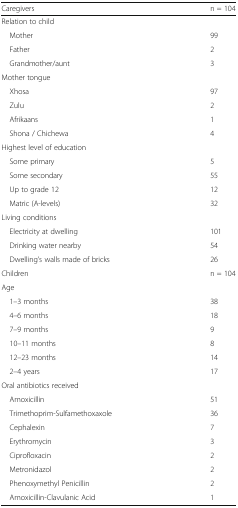
<table><thead><tr><td><b>Caregivers</b></td><td><b>n = 104</b></td></tr></thead><tbody><tr><td>Relation to child</td><td></td></tr><tr><td> Mother</td><td>99</td></tr><tr><td> Father</td><td>2</td></tr><tr><td> Grandmother/aunt</td><td>3</td></tr><tr><td>Mother tongue</td><td></td></tr><tr><td> Xhosa</td><td>97</td></tr><tr><td> Zulu</td><td>2</td></tr><tr><td> Afrikaans</td><td>1</td></tr><tr><td> Shona / Chichewa</td><td>4</td></tr><tr><td>Highest level of education</td><td></td></tr><tr><td> Some primary</td><td>5</td></tr><tr><td> Some secondary</td><td>55</td></tr><tr><td> Up to grade 12</td><td>12</td></tr><tr><td> Matric (A-levels)</td><td>32</td></tr><tr><td>Living conditions</td><td></td></tr><tr><td> Electricity at dwelling</td><td>101</td></tr><tr><td> Drinking water nearby</td><td>54</td></tr><tr><td> Dwelling’s walls made of bricks</td><td>26</td></tr><tr><td>Children</td><td>n = 104</td></tr><tr><td>Age</td><td></td></tr><tr><td> 1–3 months</td><td>38</td></tr><tr><td> 4–6 months</td><td>18</td></tr><tr><td> 7–9 months</td><td>9</td></tr><tr><td> 10–11 months</td><td>8</td></tr><tr><td> 12–23 months</td><td>14</td></tr><tr><td> 2–4 years</td><td>17</td></tr><tr><td>Oral antibiotics received</td><td></td></tr><tr><td> Amoxicillin</td><td>51</td></tr><tr><td> Trimethoprim-Sulfamethoxaxole</td><td>36</td></tr><tr><td> Cephalexin</td><td>7</td></tr><tr><td> Erythromycin</td><td>3</td></tr><tr><td> Ciprofloxacin</td><td>2</td></tr><tr><td> Metronidazol</td><td>2</td></tr><tr><td> Phenoxymethyl Penicillin</td><td>2</td></tr><tr><td> Amoxicillin-Clavulanic Acid</td><td>1</td></tr></tbody></table>